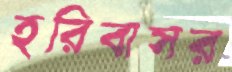
হরিবাসর